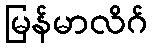
မြန်မာလိဂ်